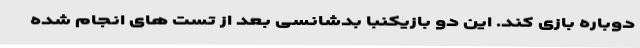
دوباره بازی کند. این دو بازیکنبا بدشانسی بعد از تست های انجام شده